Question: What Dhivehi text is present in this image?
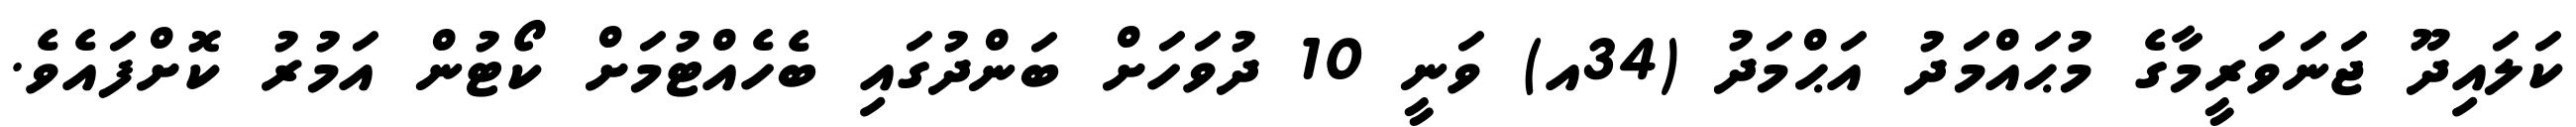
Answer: ކަލައިދޫ ޖަނަވަރީމާގެ މުޙައްމަދު އަޙްމަދު (34އ) ވަނީ 10 ދުވަހަށް ބަންދުގައި ބެހެއްޓުމަށް ކޯޓުން އަމުރު ކޮށްފައެވެ.